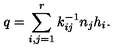
q = \sum _ { i , j = 1 } ^ { r } k _ { i j } ^ { - 1 } n _ { j } h _ { i } .